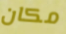
مكان